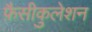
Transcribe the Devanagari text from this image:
फ़ैसीकुलेशन